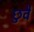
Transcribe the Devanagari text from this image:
छुवै